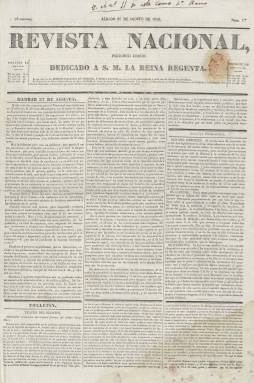
Título: Revista nacional (Madrid. 1836)
Colección: Periódicos anteriores a 1850
Ámbito geográfico: Madrid
Lugar de publicación: Madrid
Fechas: 27/08/1836-17/04/1837

Se trata de un periódico diario que en su cabecera lleva la indicación “dedicado a S.M. la Reina Gobernadora”, siendo el resultado de la fusión entre el diario El Nacional y La Revista-Mensagero, que, por su parte, también había sido producto de la fusión entre La Revista española y El Mensagero de las Cortes. Forma parte, por tanto, de una serie de títulos de periódicos de corta vida, que van fusionándose durante el periodo que se abre tras el fin del absolutismo fernandino y los primeros años de la puesta en funcionamiento del Estado liberal, al tiempo que se van instituyendo los partidos políticos.

En este caso, Revista nacional seguirá siendo, como su antecesor El Nacional, un periódico semioficioso afín a Juan Álvarez Mendizábal (1790-1853), ministro de Hacienda del gobierno de José María Calatrava (1781-1846), en el que se defenderán los principios doctrinales de la segunda constitución española –la de 1837- heredera de la doceañista pero consensuada entre los liberales del Partido Moderado y los otrora liberales “exaltados” o “avanzados” fundadores del Partido Progresista, que defenderán la “soberanía nacional” y la modernización de las estructuras estatales.

Tras los sucesos de La Granja y la asunción del poder por parte del gobierno Calatrava-Mendizábal, su primer número se publica el 27 de agosto de 1836, y aunque no aparezcan firmados sus editoriales o artículos, a partir del 27 de marzo de 1837 aparecerá indicado como su editor responsable Gerónimo Ferrer y Valls, que fue secretario de Mendizábal, y desde el 13 abril, su hermano, Francisco Ferrer y Valls.

Con un formato y estructura similar a su predecesor, el diario vespertino Revista nacional tendrá cuatro páginas, con foliación continuada y compuestas a tres columnas, estampado en imprenta propia, aunque ello no significa que fuera de su propiedad, y señalará al salir que “principios de conveniencia política y mercantil, tanto para los empresarios como para los suscriptores” habían motivado dicha fusión. En su primer número hará gala de su independencia del poder y además de mostrarse totalmente contrario al bando carlista, como era de suponer, lo hace también contra el sector “demócrata”, al que tilda de insensato, por lo que se posicionará en el sector centrista del partido progresista.

Publicará editoriales, artículos remitidos, noticias de provincias, entre ellas las de la guerra carlista, y del extranjero, así como extractos de las sesiones de las Cortes y oficiales (legislación). También tendrá una sección de Prensa periódica, en la que extractará artículos de otros periódicos, así como la correspondiente a la Bolsa de Madrid o a la programación teatral. En la sección denominada Folletín, publicará tanto textos de creación literaria como crónicas o artículos de la propia actividad teatral madrileña. Apenas inserta anuncios comerciales.

Este título se estará publicando hasta el 17 de abril de 1837, cuando anuncia su fusión con el diario El Patriota, que a su vez se había fusionado previamente con El Liberal, periódicos estos que también habían aparecido en 1836, y que asimismo forman parte de la colección de la Biblioteca Nacional de España. El 18 de junio será sancionada la Constitución de 1837 -que estará vigente hasta 1845- y el 14 agosto un nuevo gobierno iniciará el trienio moderado.